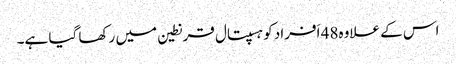
اس کے علاوہ48 اَفراد کو ہسپتال قرنطین میں رکھا گیا ہے۔